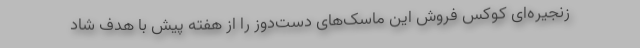
زنجیره‌ای کوکس فروش این ماسک‌های دست‌دوز را از هفته پیش با هدف شاد